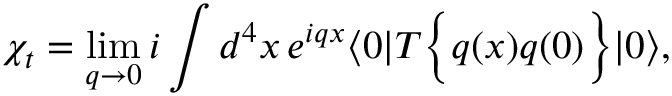
\chi _ { t } = \operatorname * { l i m } _ { q \rightarrow 0 } i \int d ^ { 4 } x \, e ^ { i q x } \langle { 0 } | T \Bigl \{ { q ( x ) q ( 0 ) } \Bigr \} | { 0 } \rangle ,